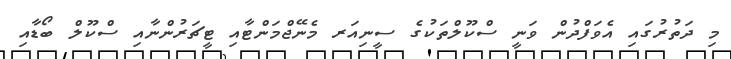
މި ދަތުރުގައި އެވަފްދުން ވަނީ ސްކޫލްތަކުގެ ސީނިއަރ މެނޭޖްމަންޓާއި ޓީޗަރުންނާއި ސްކޫލް ބޯޑާއި